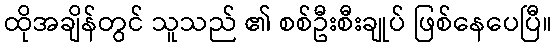
ထိုအချိန်တွင် သူသည် ၏ စစ်ဦးစီးချုပ် ဖြစ်နေပေပြီ။